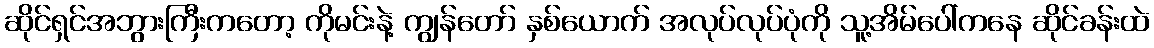
ဆိုင်ရှင်အဘွားကြီးကတော့ ကိုမင်းနဲ့ ကျွန်တော် နှစ်ယောက် အလုပ်လုပ်ပုံကို သူ့အိမ်ပေါ်ကနေ ဆိုင်ခန်းထဲ